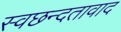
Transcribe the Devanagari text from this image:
स्वछन्दतावाद